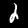
Label: 2